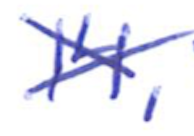
Text: 14,
Cross-out: mix
Writing tool: ballpoint